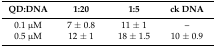
| QD:DNA | 1:20 | 1:5 | ck DNA |
 | --- | --- | --- | --- |
 | 0.1 μM | 7 ± 0.8 | 11 ± 1 | – |
 | 0.5 μM | 12 ± 1 | 18 ± 1.5 | 10 ± 0.9 |